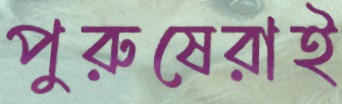
পুরুষেরাই